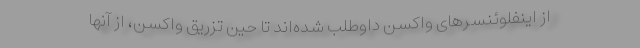
از اینفلوئنسرهای واکسن داوطلب شده‌اند تا حین تزریق واکسن، از آنها